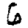
Digit: 6